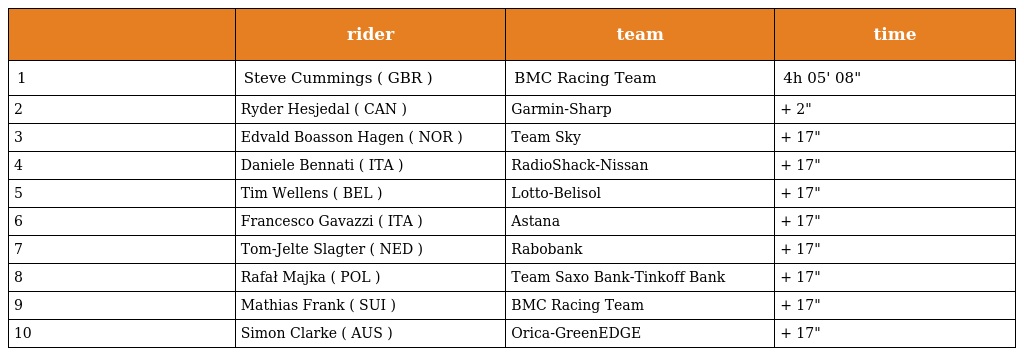
|  | rider | team | time |
 | --- | --- | --- | --- |
 | 1 | Steve Cummings ( GBR ) | BMC Racing Team | 4h 05' 08" |
 | 2 | Ryder Hesjedal ( CAN ) | Garmin-Sharp | + 2" |
 | 3 | Edvald Boasson Hagen ( NOR ) | Team Sky | + 17" |
 | 4 | Daniele Bennati ( ITA ) | RadioShack-Nissan | + 17" |
 | 5 | Tim Wellens ( BEL ) | Lotto-Belisol | + 17" |
 | 6 | Francesco Gavazzi ( ITA ) | Astana | + 17" |
 | 7 | Tom-Jelte Slagter ( NED ) | Rabobank | + 17" |
 | 8 | Rafał Majka ( POL ) | Team Saxo Bank-Tinkoff Bank | + 17" |
 | 9 | Mathias Frank ( SUI ) | BMC Racing Team | + 17" |
 | 10 | Simon Clarke ( AUS ) | Orica-GreenEDGE | + 17" |